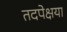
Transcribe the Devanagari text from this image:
तदपेक्षया